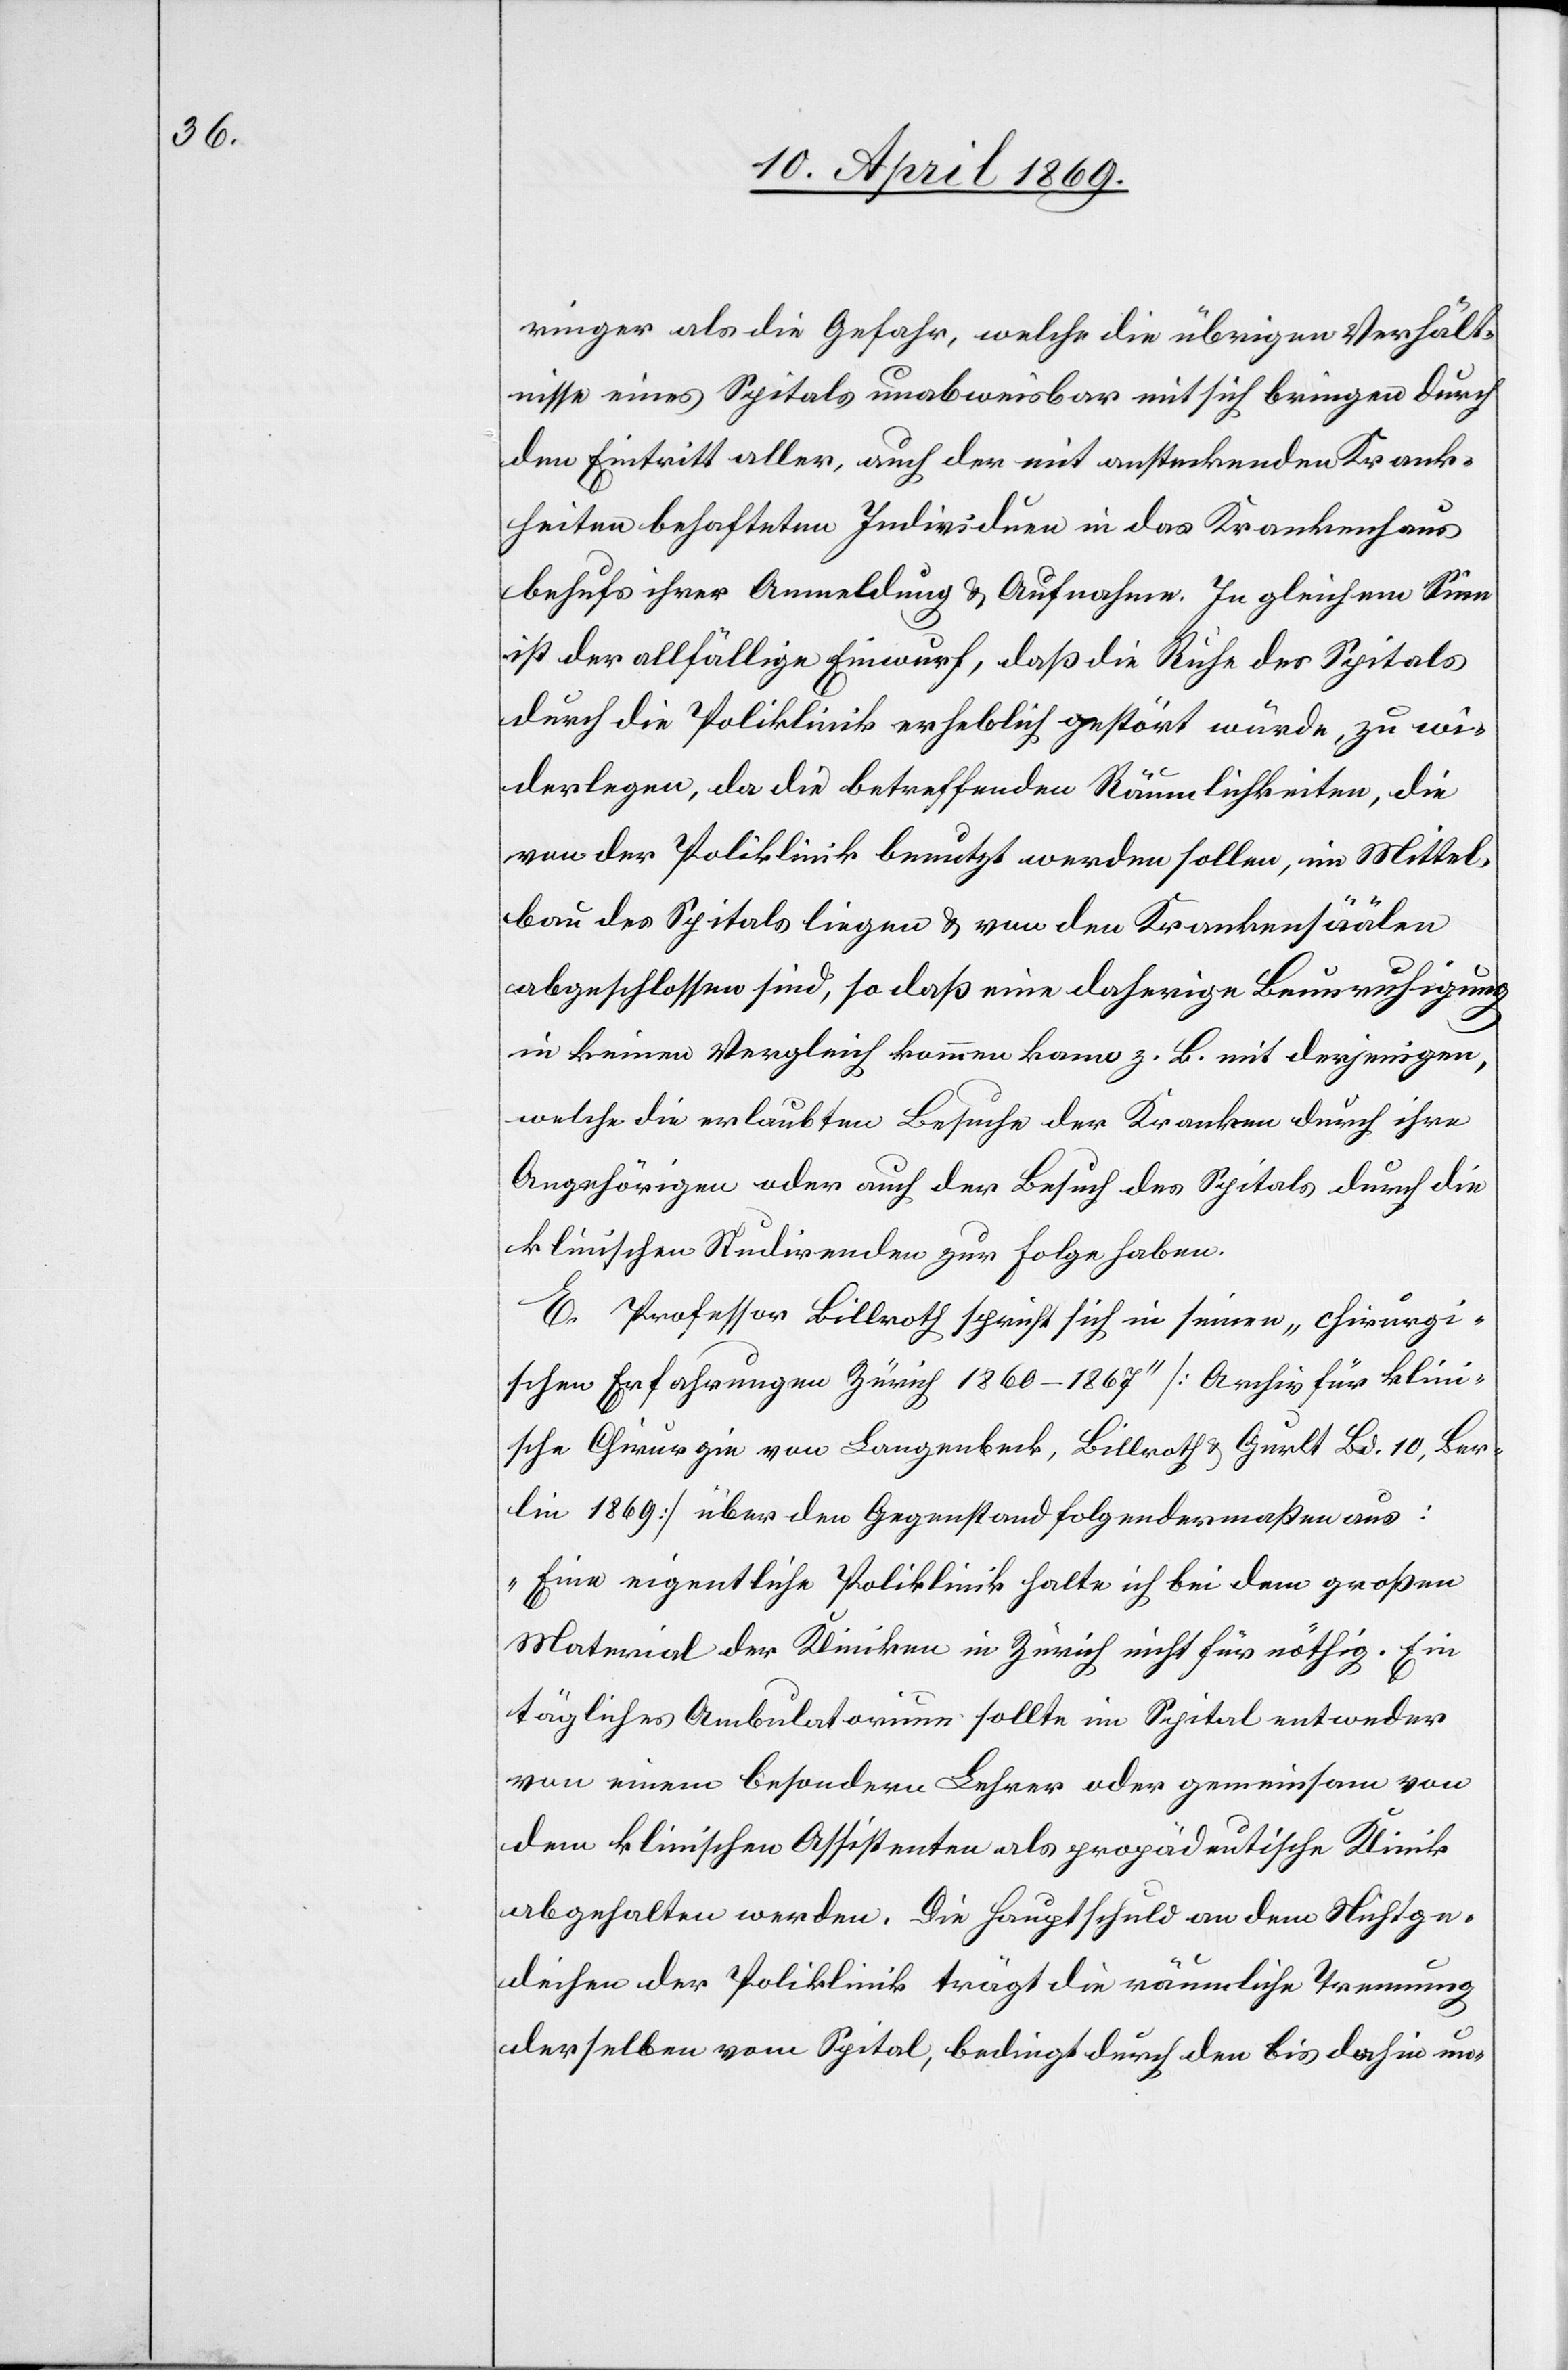
ringer als die Gefahr, welche die übrigen Verhält¬
nisse eines Spitals unabweisbar mit sich bringen durch
den Eintritt aller, auch der mit ansteckenden Krank¬
heiten behafteten Individuen in das Krankenhaus
behufs ihrer Anmeldung u. Aufnahme. In gleichem Sinne
ist der allfällige Einwurf, daß die Ruhe des Spitals
durch die Poliklinik erheblich gestört würde, zu wi¬
derlegen, da die betreffenden Räumlichkeiten, die
von der Poliklinik benutzt werden sollen, im Mittel¬
bau des Spitals liegen u. von den Krankensäälen
abgeschlossen sind, so daß eine daherige Beunruhigung
in keinen Vergleich kommen kann z. B. mit derjenigen,
welche die erlaubten Besuche der Kranken durch ihre
Angehörigen aber auch der Besuch des Spitals durch die
klinischen Studirenden zur Folge haben.
E. Professor Billroth spricht sich in seinen „chirurgi¬
schen Erfahrungen Zürich 1860–1867“ [Archiv für klin¬
ische Chirurgie von Langenbeck, Billroth u. Gurlt Bd. 10, Ber¬
lin 1869] über den Gegenstand folgendermaßen aus:
„Eine eigentliche Poliklinik halte ich bei dem großen
Material der Kliniken in Zürich nicht für nöthig. Ein
tägliches Ambulatorium sollte im Spital entweder
von einem besondern Lehrer oder gemeinsam von
dem klinischen Assistenten als propädentische Klinik
abgehalten werden. Die Hauptschuld an dem Nichtge¬
deihen der Poliklinik trägt die nämliche Trennung
derselben vom Spital, bedingt durch den bis dahin